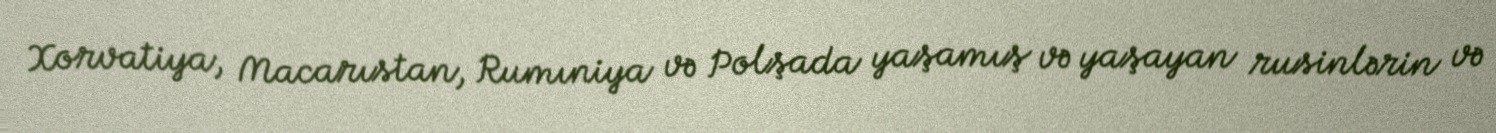
Xorvatiya, Macarıstan, Rumıniya və Polşada yaşamış və yaşayan rusinlərin və